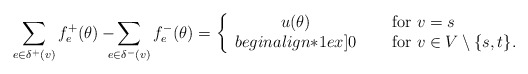
\begin{align*}\sum_{e \in \delta^+(v)} f^+_e (\theta) -\!\!\!\!\sum_{e \in \delta^-(v)} f^-_e (\theta) =\left\{\begin{array}{cl}u(\theta)&\quad\mbox{ for $v=s$ }\\begin{align*}1ex]0&\quad\mbox{ for $v \in V \setminus \{ s,t \}$}.\end{array}\right.\end{align*}